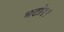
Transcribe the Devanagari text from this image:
भटो११